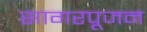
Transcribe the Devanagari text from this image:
सागरपूजन